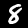
Label: 8